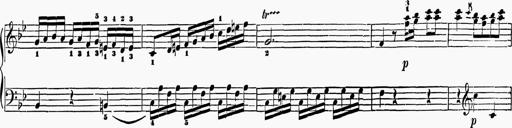
Title: 6 Sonatas
Composer: Muzio Clementi